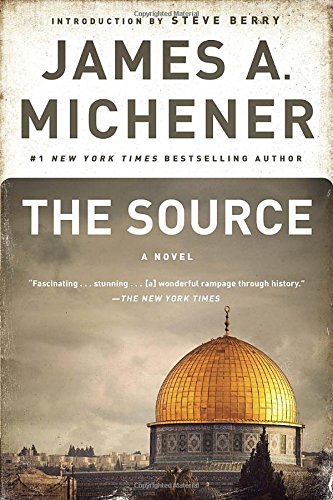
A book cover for The Source: A Novel; James A. Michener; Literature & Fiction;